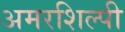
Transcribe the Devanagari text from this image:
अमरशिल्पी